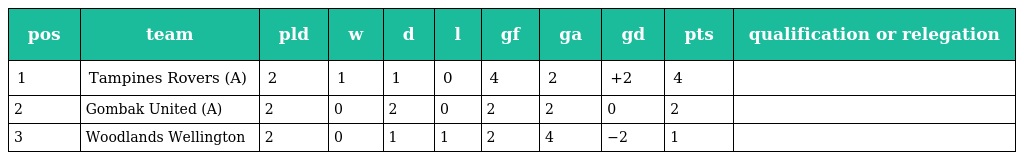
| pos | team | pld | w | d | l | gf | ga | gd | pts | qualification or relegation |
 | --- | --- | --- | --- | --- | --- | --- | --- | --- | --- | --- |
 | 1 | Tampines Rovers (A) | 2 | 1 | 1 | 0 | 4 | 2 | +2 | 4 |  |
 | 2 | Gombak United (A) | 2 | 0 | 2 | 0 | 2 | 2 | 0 | 2 |  |
 | 3 | Woodlands Wellington | 2 | 0 | 1 | 1 | 2 | 4 | −2 | 1 |  |